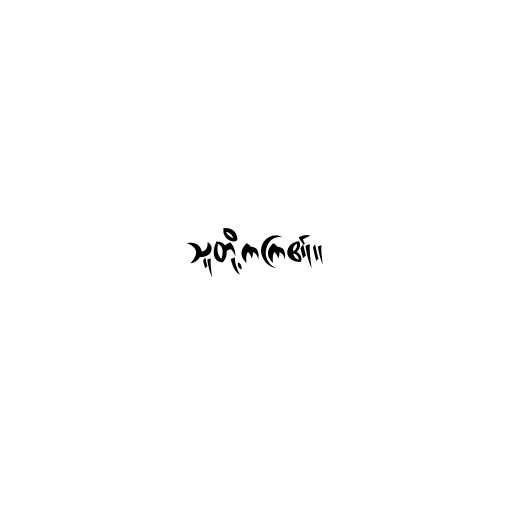
သူတို့ကကြ၏။